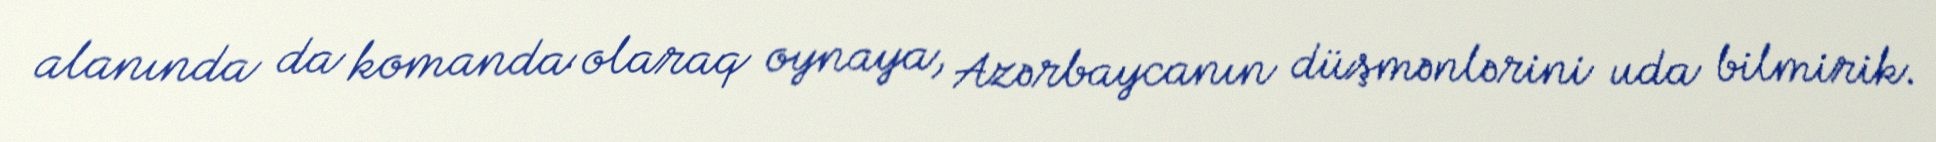
alanında da komanda olaraq oynaya, Azərbaycanın düşmənlərini uda bilmirik.